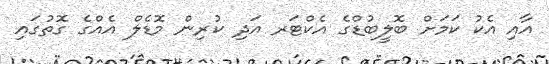
އާއި އެކު ކަމަށް ބޮލީބުޑްގެ އެކްޓަރ އަދި ކުރިން މޮޑެލް އެއްގެ ގޮތުގައި